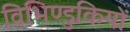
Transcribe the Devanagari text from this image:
विभिण्डुकियों